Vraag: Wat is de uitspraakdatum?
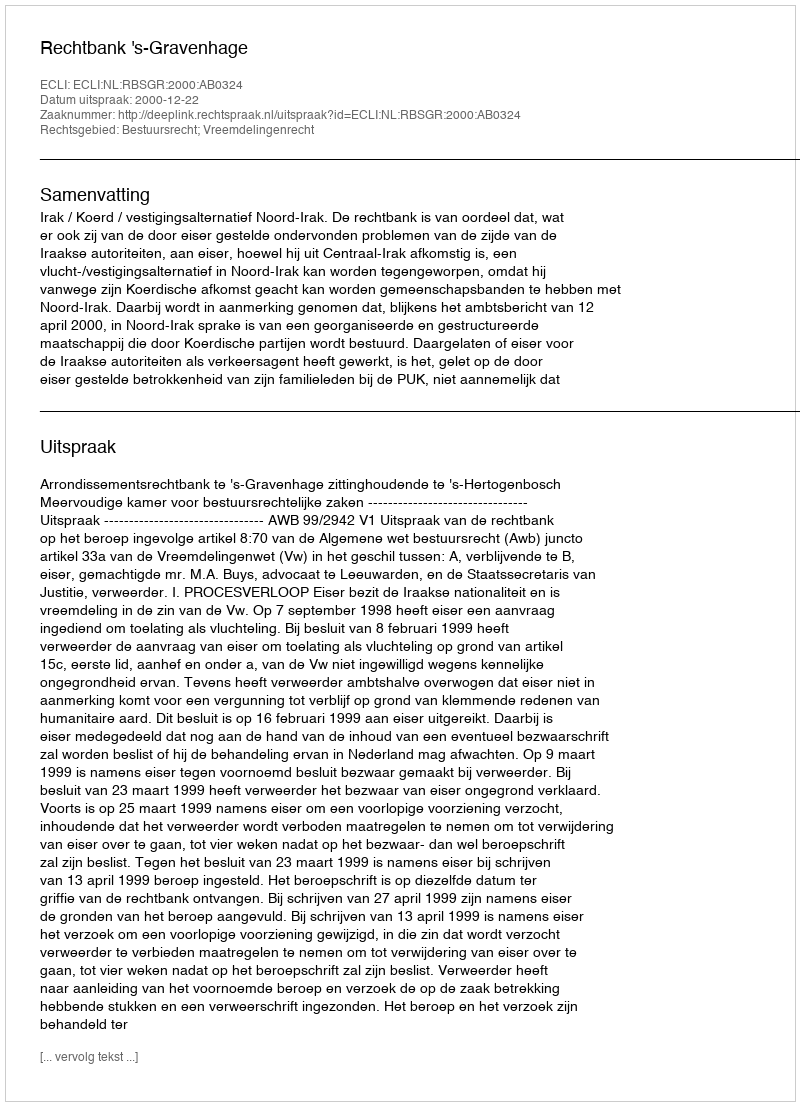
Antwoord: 2000-12-22